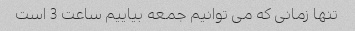
تنها زمانی که می توانیم جمعه بیاییم ساعت 3 است